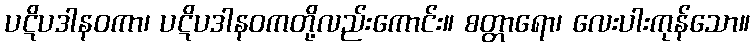
ပဋိပဒါနဝကာ၊ ပဋိပဒါနဝကတို့လည်းကောင်း။ စတ္တာရော၊ လေးပါးကုန်သော။